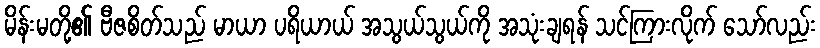
မိန်းမတို့၏ ဗီဇစိတ်သည် မာယာ ပရိယာယ် အသွယ်သွယ်ကို အသုံးချရန် သင်ကြားလိုက် သော်လည်း